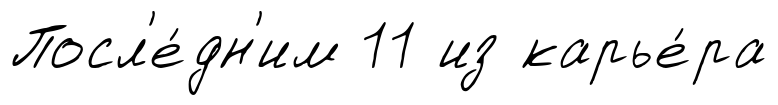
Посл'е́дн'им 11 из карье́ра